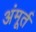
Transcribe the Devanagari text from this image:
अंमूर्त